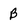
Character: B